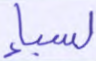
لسبإ